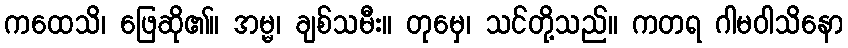
ကထေသိ၊ ဖြေဆို၏။ အမ္မ၊ ချစ်သမီး။ တုမှေ၊ သင်တို့သည်။ ကတရ ဂါမဝါသိနော